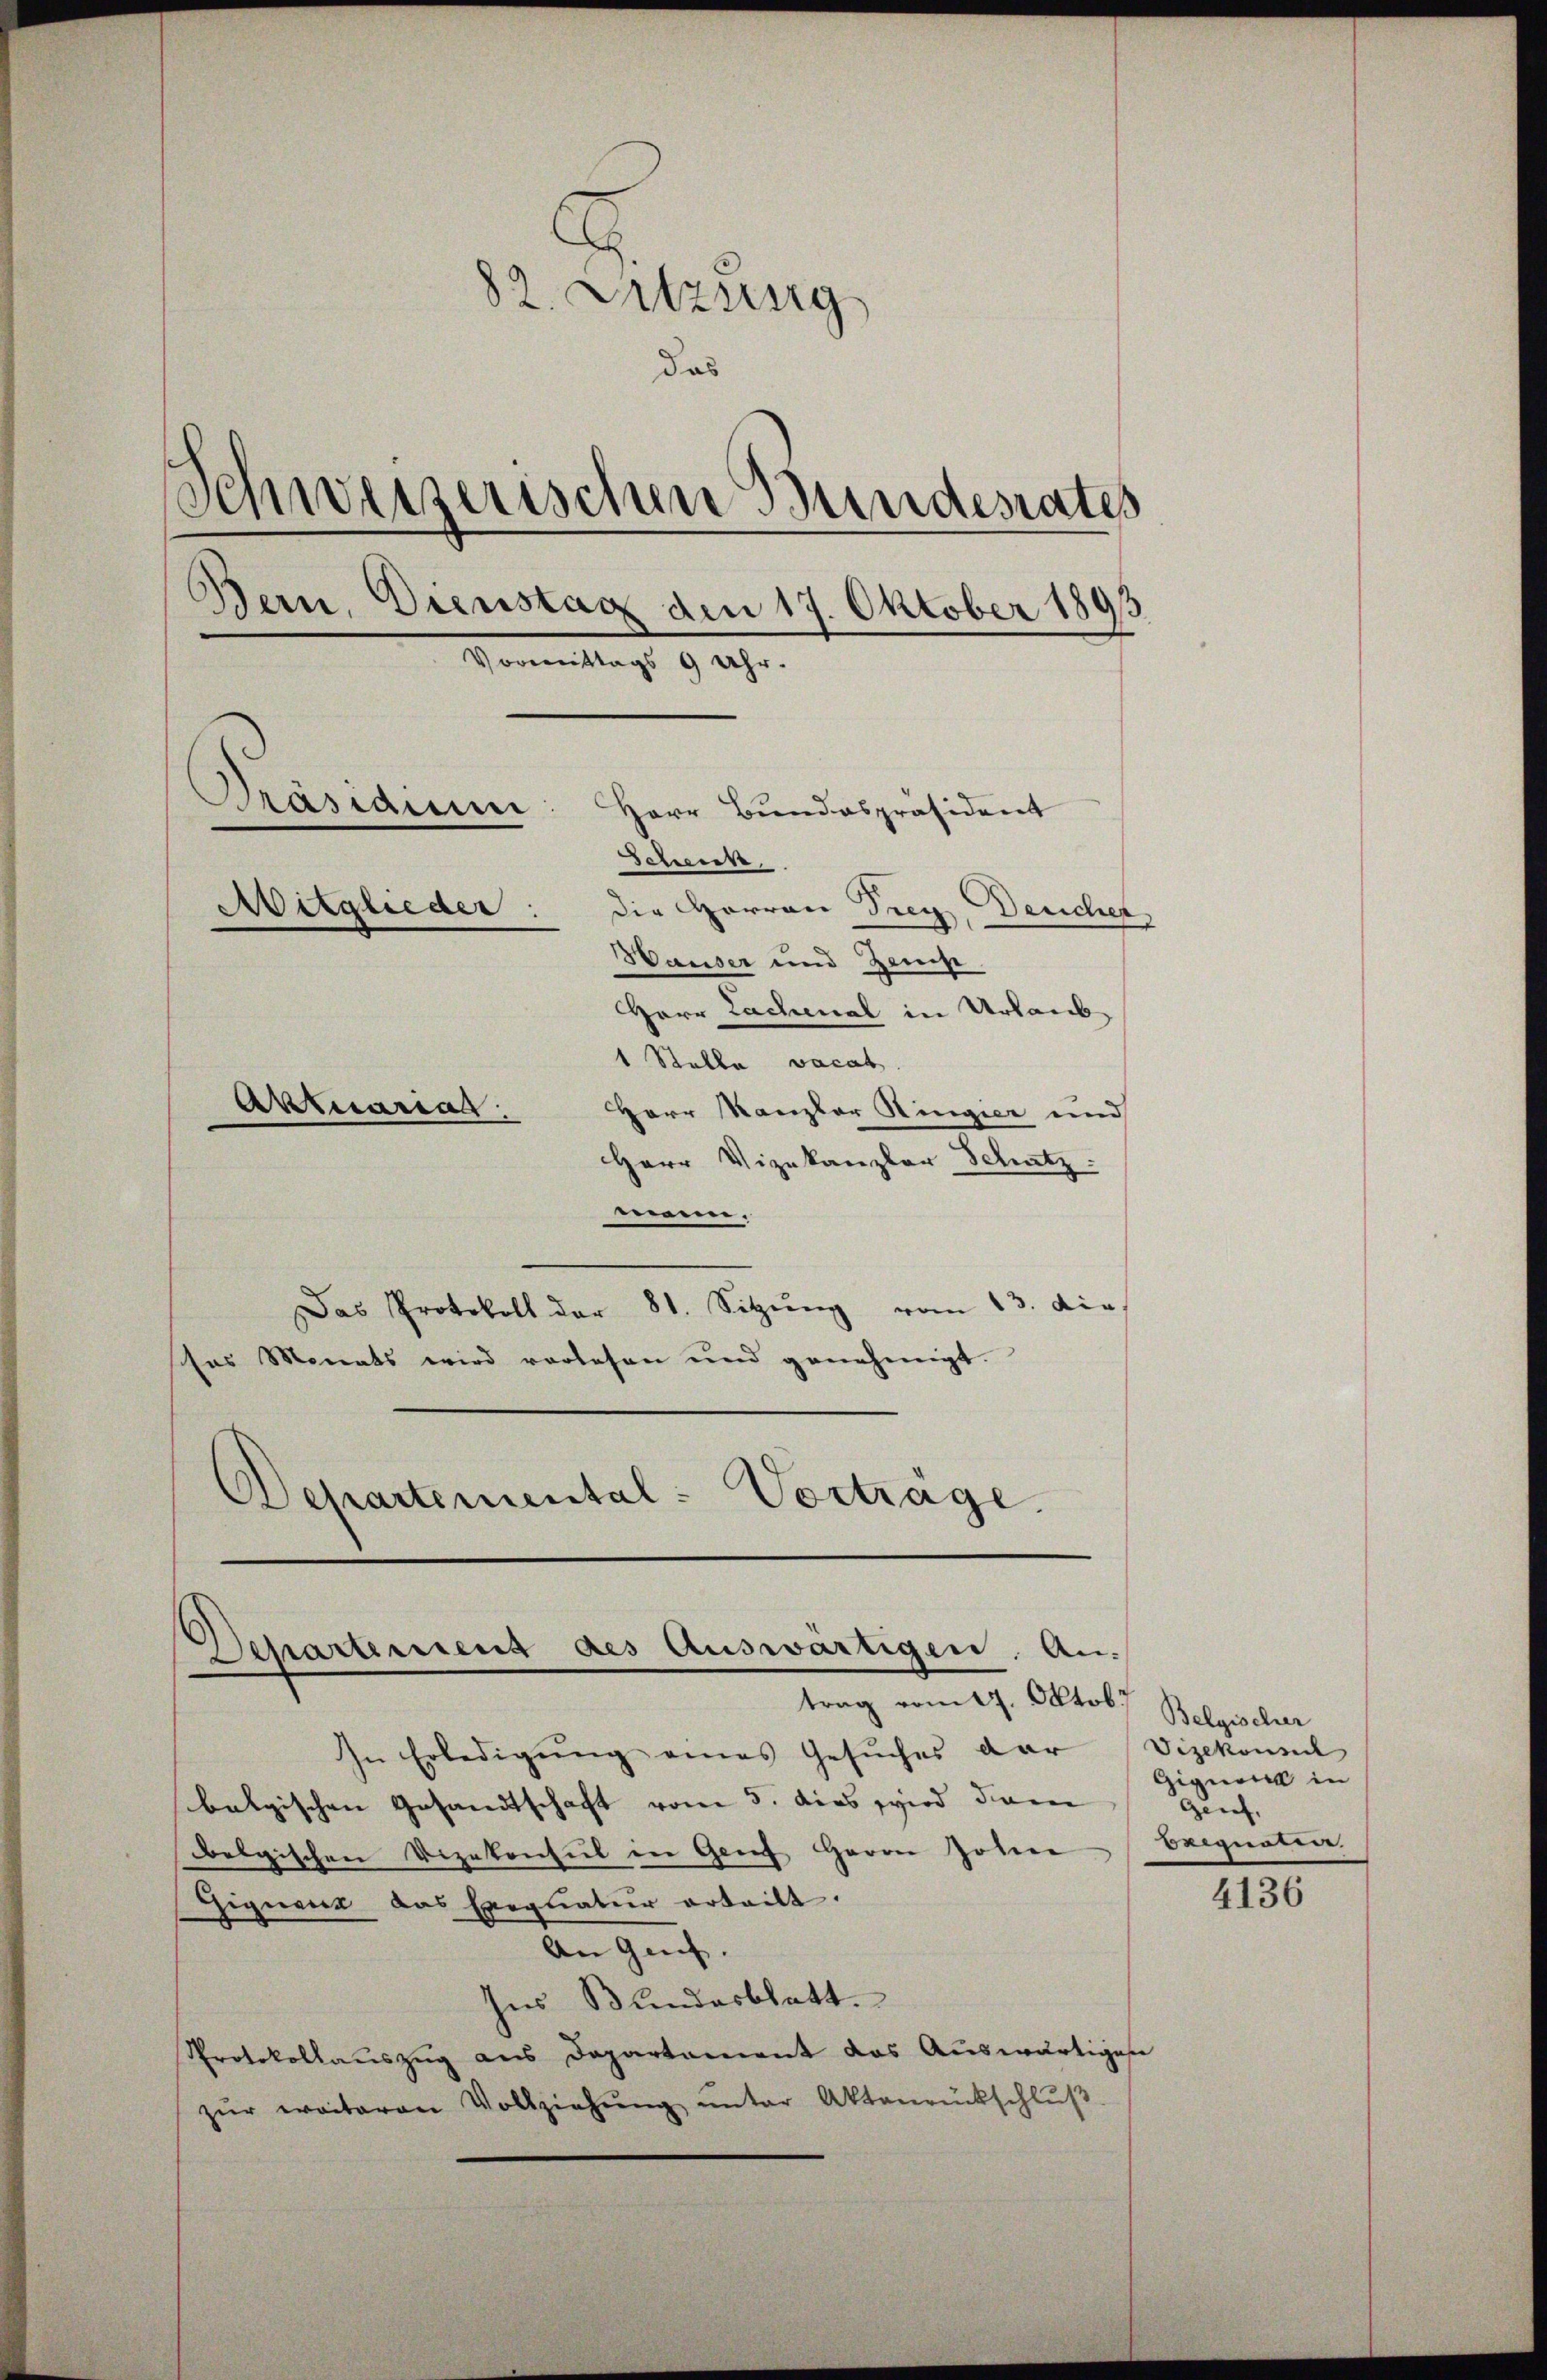
82. Sitzung
das
e
weizerischen Bundesrates
Bern, Dienstag den 17. Oktober 1893
Homentags 9 Uhr.
Pasiduum
Herr Bundespräsident
Schenck
Mitglieder:
die Herren Frey, Deucher
Hauser und Zens
HHerr Lachenal in Urlaub
1 Stelle vacat
Aktuarias.
Herr Kanzler Ringier und

Herr Vizekanzler Schatz.
wein.
Das Protokoll der 81. Sitzŭng vom 13. dies
ses Monats wird vorlesen und genehmigt.
Departemental - Vorträge.

epartement des Auswärtigen. Antrag vom 27. Oktob.

In Erledigŭng eines Gesŭches der Vizekonsul
belgischen Gesandtschaft vom 3. dies wird dien
belgischen Vizekonsul in Genf Herrn Johann Baignatia.
Giquera das Exequatur erteilt.
An Genf.
Ins Bundesblatt.
Protokollauszug aus Departement das Auswärtigen
zŭr weiteren Vollziehŭng ŭnter Aktenrückschlŭβ

Belgischer
Gigner in
Genf,

4136